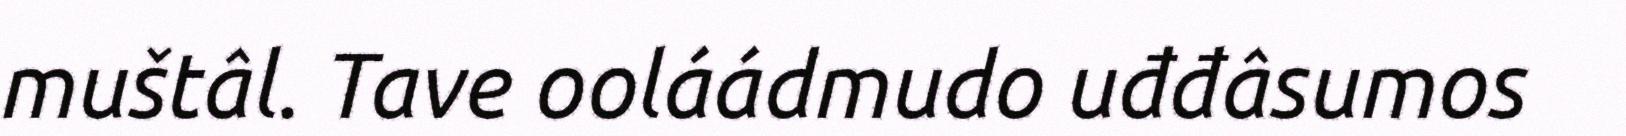
muštâl. Tave ooláádmudo uđđâsumos